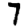
Digit: 7